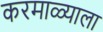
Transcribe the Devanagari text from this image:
करमाळ्याला